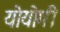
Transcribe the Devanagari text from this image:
योयोगी